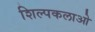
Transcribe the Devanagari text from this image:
शिल्‍पकलाओ